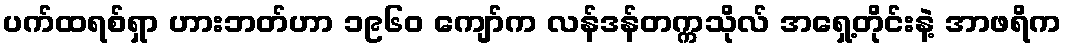
ပက်ထရစ်ရှာ ဟားဘတ်ဟာ ၁၉၆၀ ကျော်က လန်ဒန်တက္ကသိုလ် အရှေ့တိုင်းနဲ့ အာဖရိက